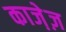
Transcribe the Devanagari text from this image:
काजे़ज़